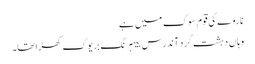
ناروے کی قوم سوگ میں ہے
وہاں دہشت گرد آندرس بیہرنگ بریوک کھڑا تھا۔